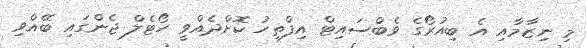
މި ނިޒާމާއި އެ ބިއުރޯގެ ވެބްސައިޓް އިފްތިހު ކޮށްދެއްވީ ހޯޓެލް ޖެންގައި ބޭއްވި